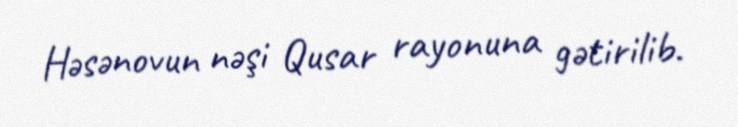
Həsənovun nəşi Qusar rayonuna gətirilib.